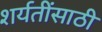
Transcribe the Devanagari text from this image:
शर्यतींसाठी